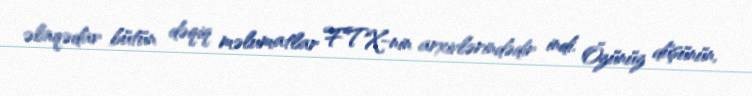
əlaqədar bütün dəqiq məlumatlar FTX-nin arxivlərindədir indi. Özünüz düşünün,